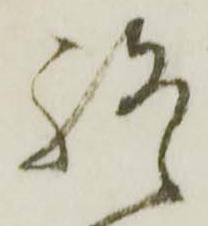
終